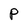
Character: P